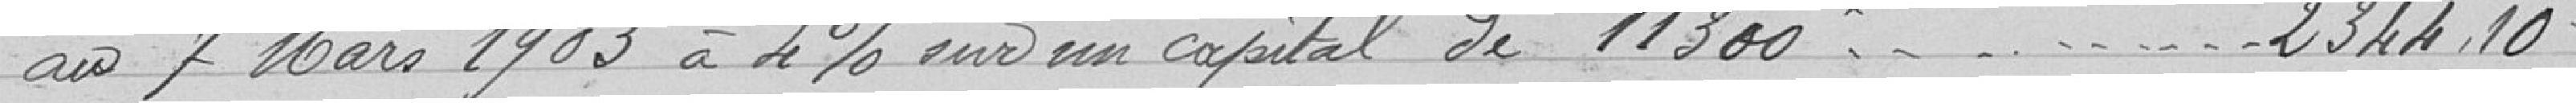
au 7 Mars 1903 à 4% sur un capital de 11300   2344.10